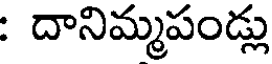
: దానిమ్మపండ్లు